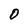
Character: 0